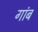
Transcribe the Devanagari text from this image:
गांब